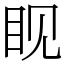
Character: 𪾢